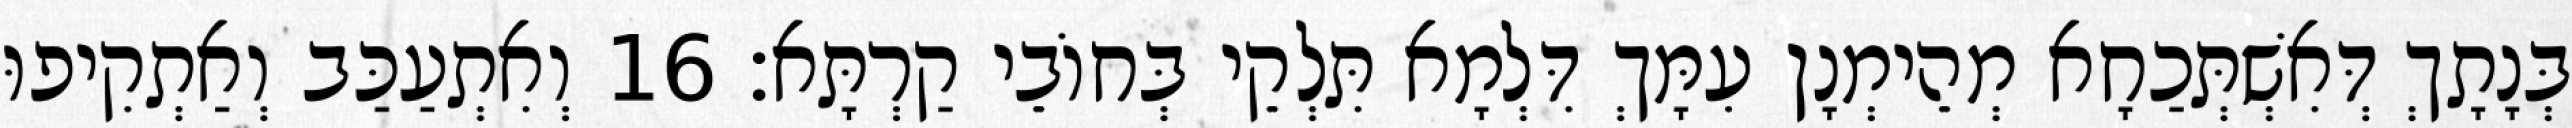
בְּנָתָךְ דְּאִשְׁתְּכַחָא מְהֵימְנָן עִמָּךְ דִּלְמָא תִּלְקֵי בְּחוֹבֵי קַרְתָּא׃ 16 וְאִתְעַכַּב וְאַתְקִיפוּ